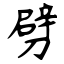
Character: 劈